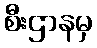
စီးဌာနမှ